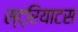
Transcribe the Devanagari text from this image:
स्ट्रियाटस